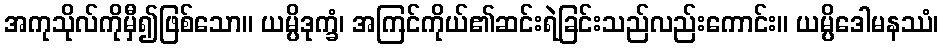
အကုသိုလ်ကိုမှီ၍ဖြစ်သော။ ယမ္ပိဒုက္ခံ၊ အကြင်ကိုယ်၏ဆင်းရဲခြင်းသည်လည်းကောင်း။ ယမ္ပိဒေါမနဿံ၊